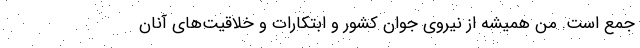
جمع است. من همیشه از نیروی جوان کشور و ابتکارات و خلاقیت‌های آنان